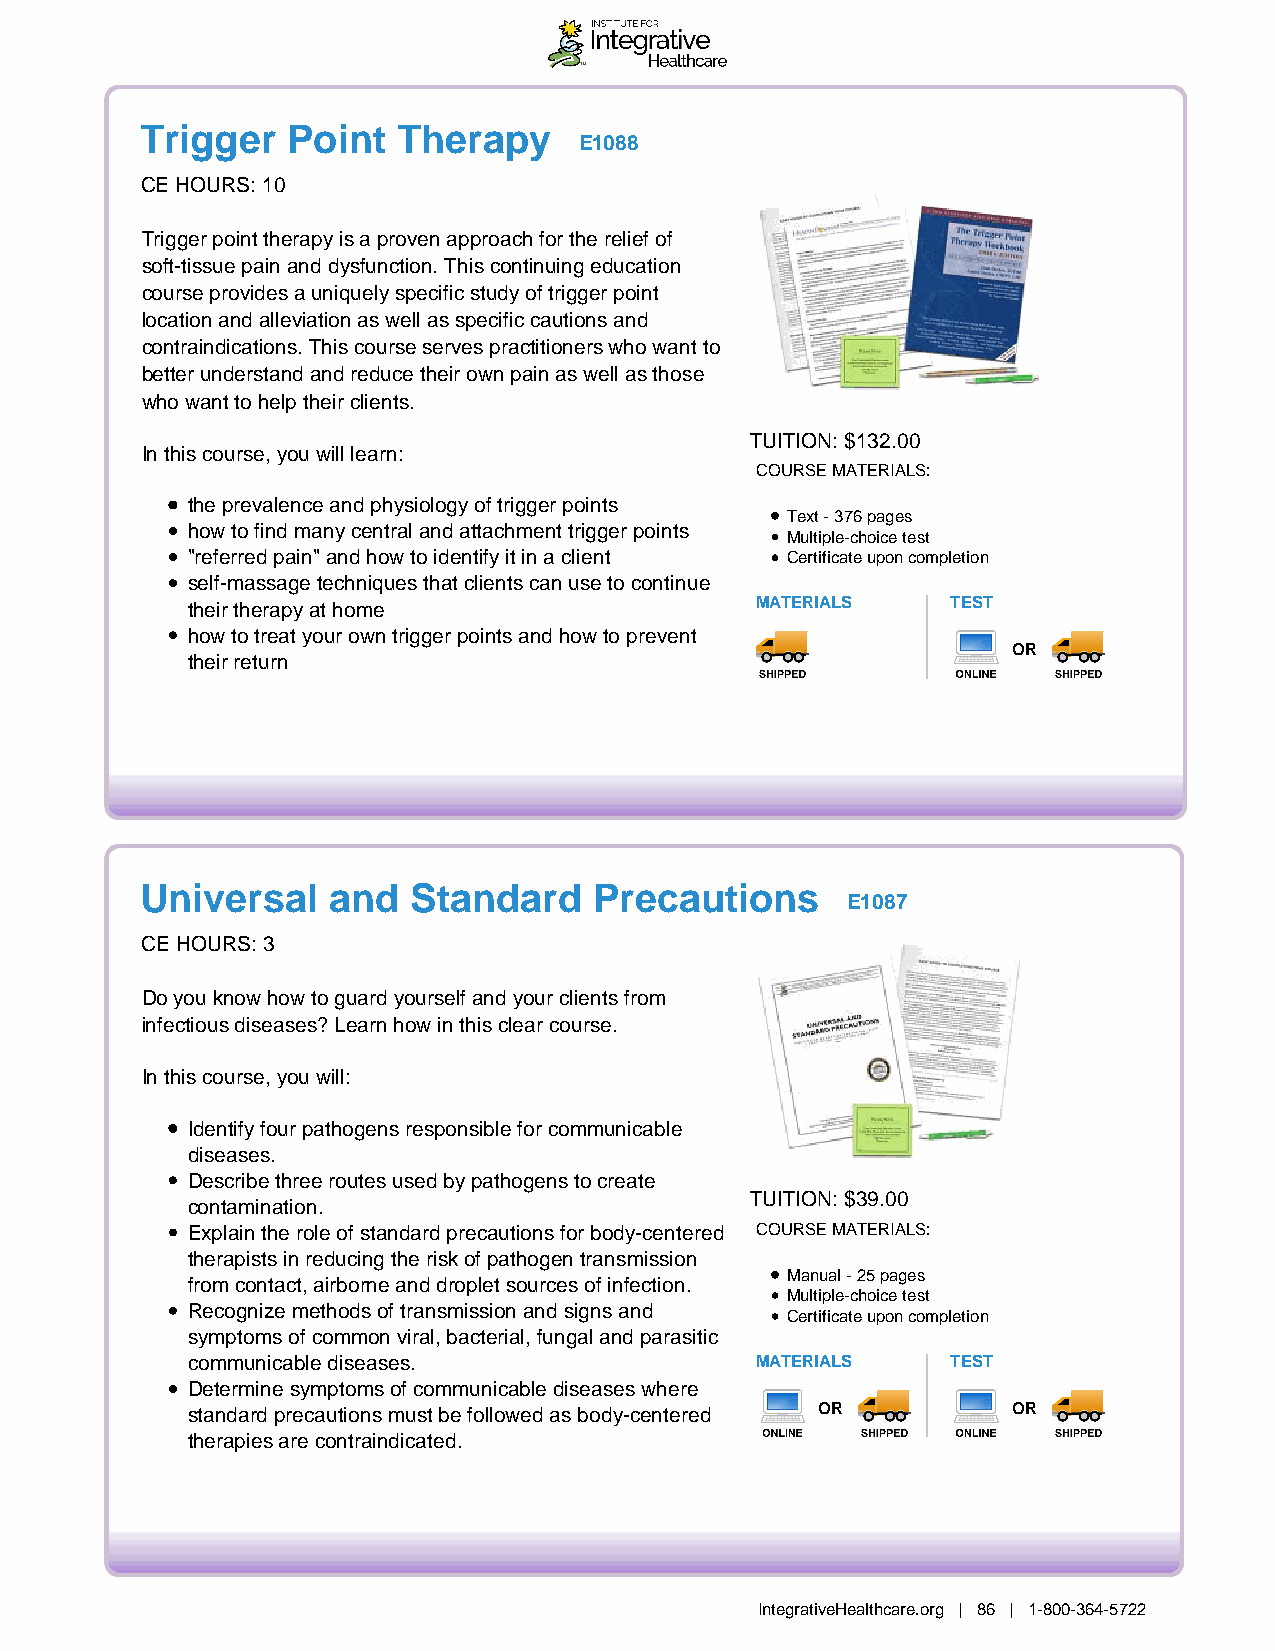
Trigger   Point  Therapy
 E1088
 CE HOURS: 10
 Trigger point therapy is a proven approach for the relief of
 soft-tissue pain and dysfunction. This continuing education
 course provides a uniquely specific study of trigger point
 location and alleviation as well as specific cautions and
 contraindications. This course serves practitioners who want to
 better understand and reduce their own pain as well as those
 who want to help their clients.
 TUITION: $132.00
 In this course, you will learn:
 COURSE MATERIALS:
 the prevalence and physiology of trigger points
 Text - 376 pages
 how to find many central and attachment trigger points
 Multiple-choice test
 "referred pain" and how to identify it in a client Certificate upon completion
 self-massage techniques that clients can use to continue
 their therapy at home                 MATERIALS    TEST
 how to treat your own trigger points and how to prevent
 OR
 their return
 Universal    and  Standard    Precautions
 E1087
 CE HOURS: 3
 Do you know how to guard yourself and your clients from
 infectious diseases? Learn how in this clear course.
 In this course, you will:
 Identify four pathogens responsible for communicable
 diseases.
 Describe three routes used by pathogens to create
 TUITION: $39.00
 contamination.
 Explain the role of standard precautions for body-centered COURSE MATERIALS:
 therapists in reducing the risk of pathogen transmission
 Manual - 25 pages
 from contact, airborne and droplet sources of infection.
 Multiple-choice test
 Recognize methods of transmission and signs and
 Certificate upon completion
 symptoms of common viral, bacterial, fungal and parasitic
 communicable diseases.                MATERIALS    TEST
 Determine symptoms of communicable diseases where
 standard precautions must be followed as body-centered OR OR
 therapies are contraindicated.
 IntegrativeHealthcare.org | 86 | 1-800-364-5722